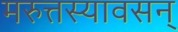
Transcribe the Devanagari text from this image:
मरुत्तस्यावसन्